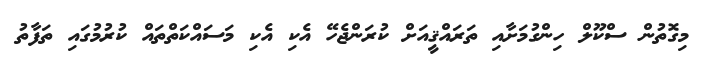
މިގޮތުން ސްކޫލް ހިންގުމަށާއި ތަރައްޤީއަށް ކުރަންޖެހޭ އެކި އެކި މަސައްކަތްތައް ކުރުމުގައި ތަފާތު